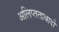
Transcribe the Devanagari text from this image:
अलिप्‍ततावादी